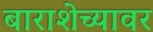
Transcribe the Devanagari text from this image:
बाराशेच्यावर